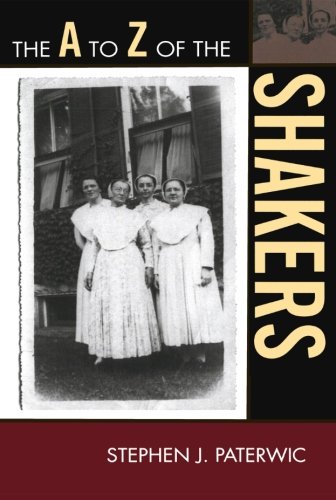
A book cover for The A to Z of the Shakers (The A to Z Guide Series); Stephen J. Paterwic; Christian Books & Bibles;